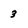
Character: 3